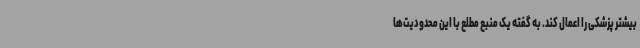
بیشتر پزشکی را اعمال کند. به گفته یک منبع مطلع با این محدودیت‌ها